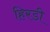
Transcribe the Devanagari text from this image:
हिरडी